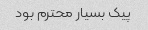
پیک بسیار محترم بود